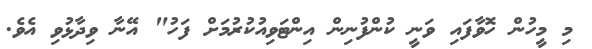
މި މީހުން ހޮވާފައި ވަނީ ކުންފުނިން އިންޓަވިއުކުރުމަށް ފަހު" އޭނާ ވިދާޅުވި އެވެ.